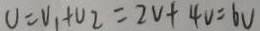
U = V _ { 1 } + V _ { 2 } = 2 V + 4 V = 6 V